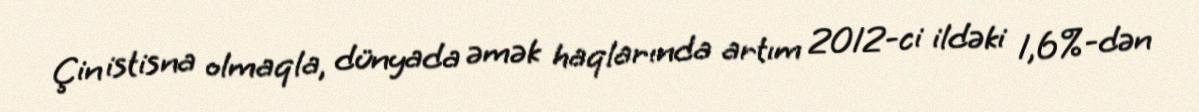
Çin istisna olmaqla, dünyada əmək haqlarında artım 2012-ci ildəki 1,6%-dən